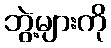
ဘွဲ့များကို